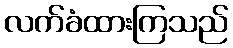
လက်ခံထားကြသည်